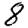
Digit: 8